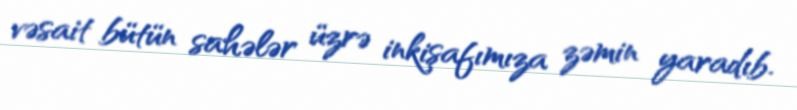
vəsait bütün sahələr üzrə inkişafımıza zəmin yaradıb.